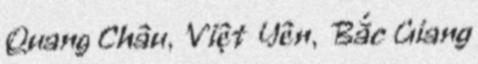
Quang Châu, Việt Yên, Bắc Giang